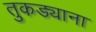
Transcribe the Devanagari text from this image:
तुकड्याना